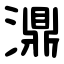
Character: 濎